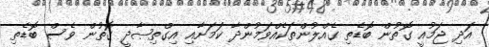
އަދި ޖަމުއީ ގޮތުން ބޮޑެތި ގެއްލުންތަކެއްވަމުންދާ ކަމަށާއި އިގްތިޞާދީ ގޮތުން ވެސް ބޮޑެތި